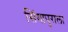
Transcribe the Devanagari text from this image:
सिंगापुराला